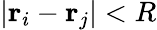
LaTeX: |\mathbf{r}_{i}-\mathbf{r}_{j}|<R